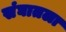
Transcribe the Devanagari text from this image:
संघातला